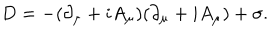
D = - ( \partial _ { \mu } + i A _ { \mu } ) ( \partial _ { \mu } + i A _ { \mu } ) + \sigma .